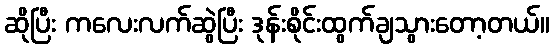
ဆိုပြီး ကလေးလက်ဆွဲပြီး ဒုန်းစိုင်းထွက်ချသွားတော့တယ်။